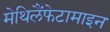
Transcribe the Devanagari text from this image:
मेथिलैंफेटामाइन